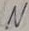
Text: N